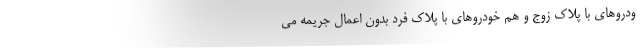
ودروهای با پلاک زوج و هم خودروهای با پلاک فرد بدون اعمال جریمه می